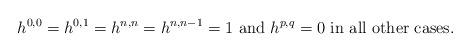
LaTeX: \begin{align*}h^{0,0}=h^{0,1}=h^{n,n}=h^{n,n-1}=1 \textrm{ and } h^{p,q}=0 \textrm{ in all other cases}.\end{align*}